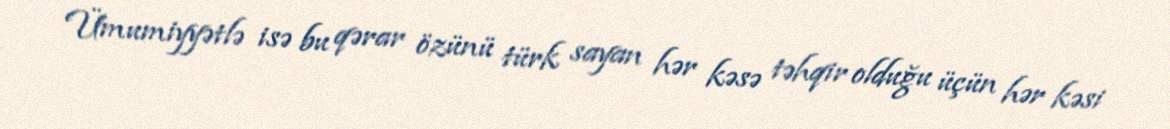
Ümumiyyətlə isə bu qərar özünü türk sayan hər kəsə təhqir olduğu üçün hər kəsi